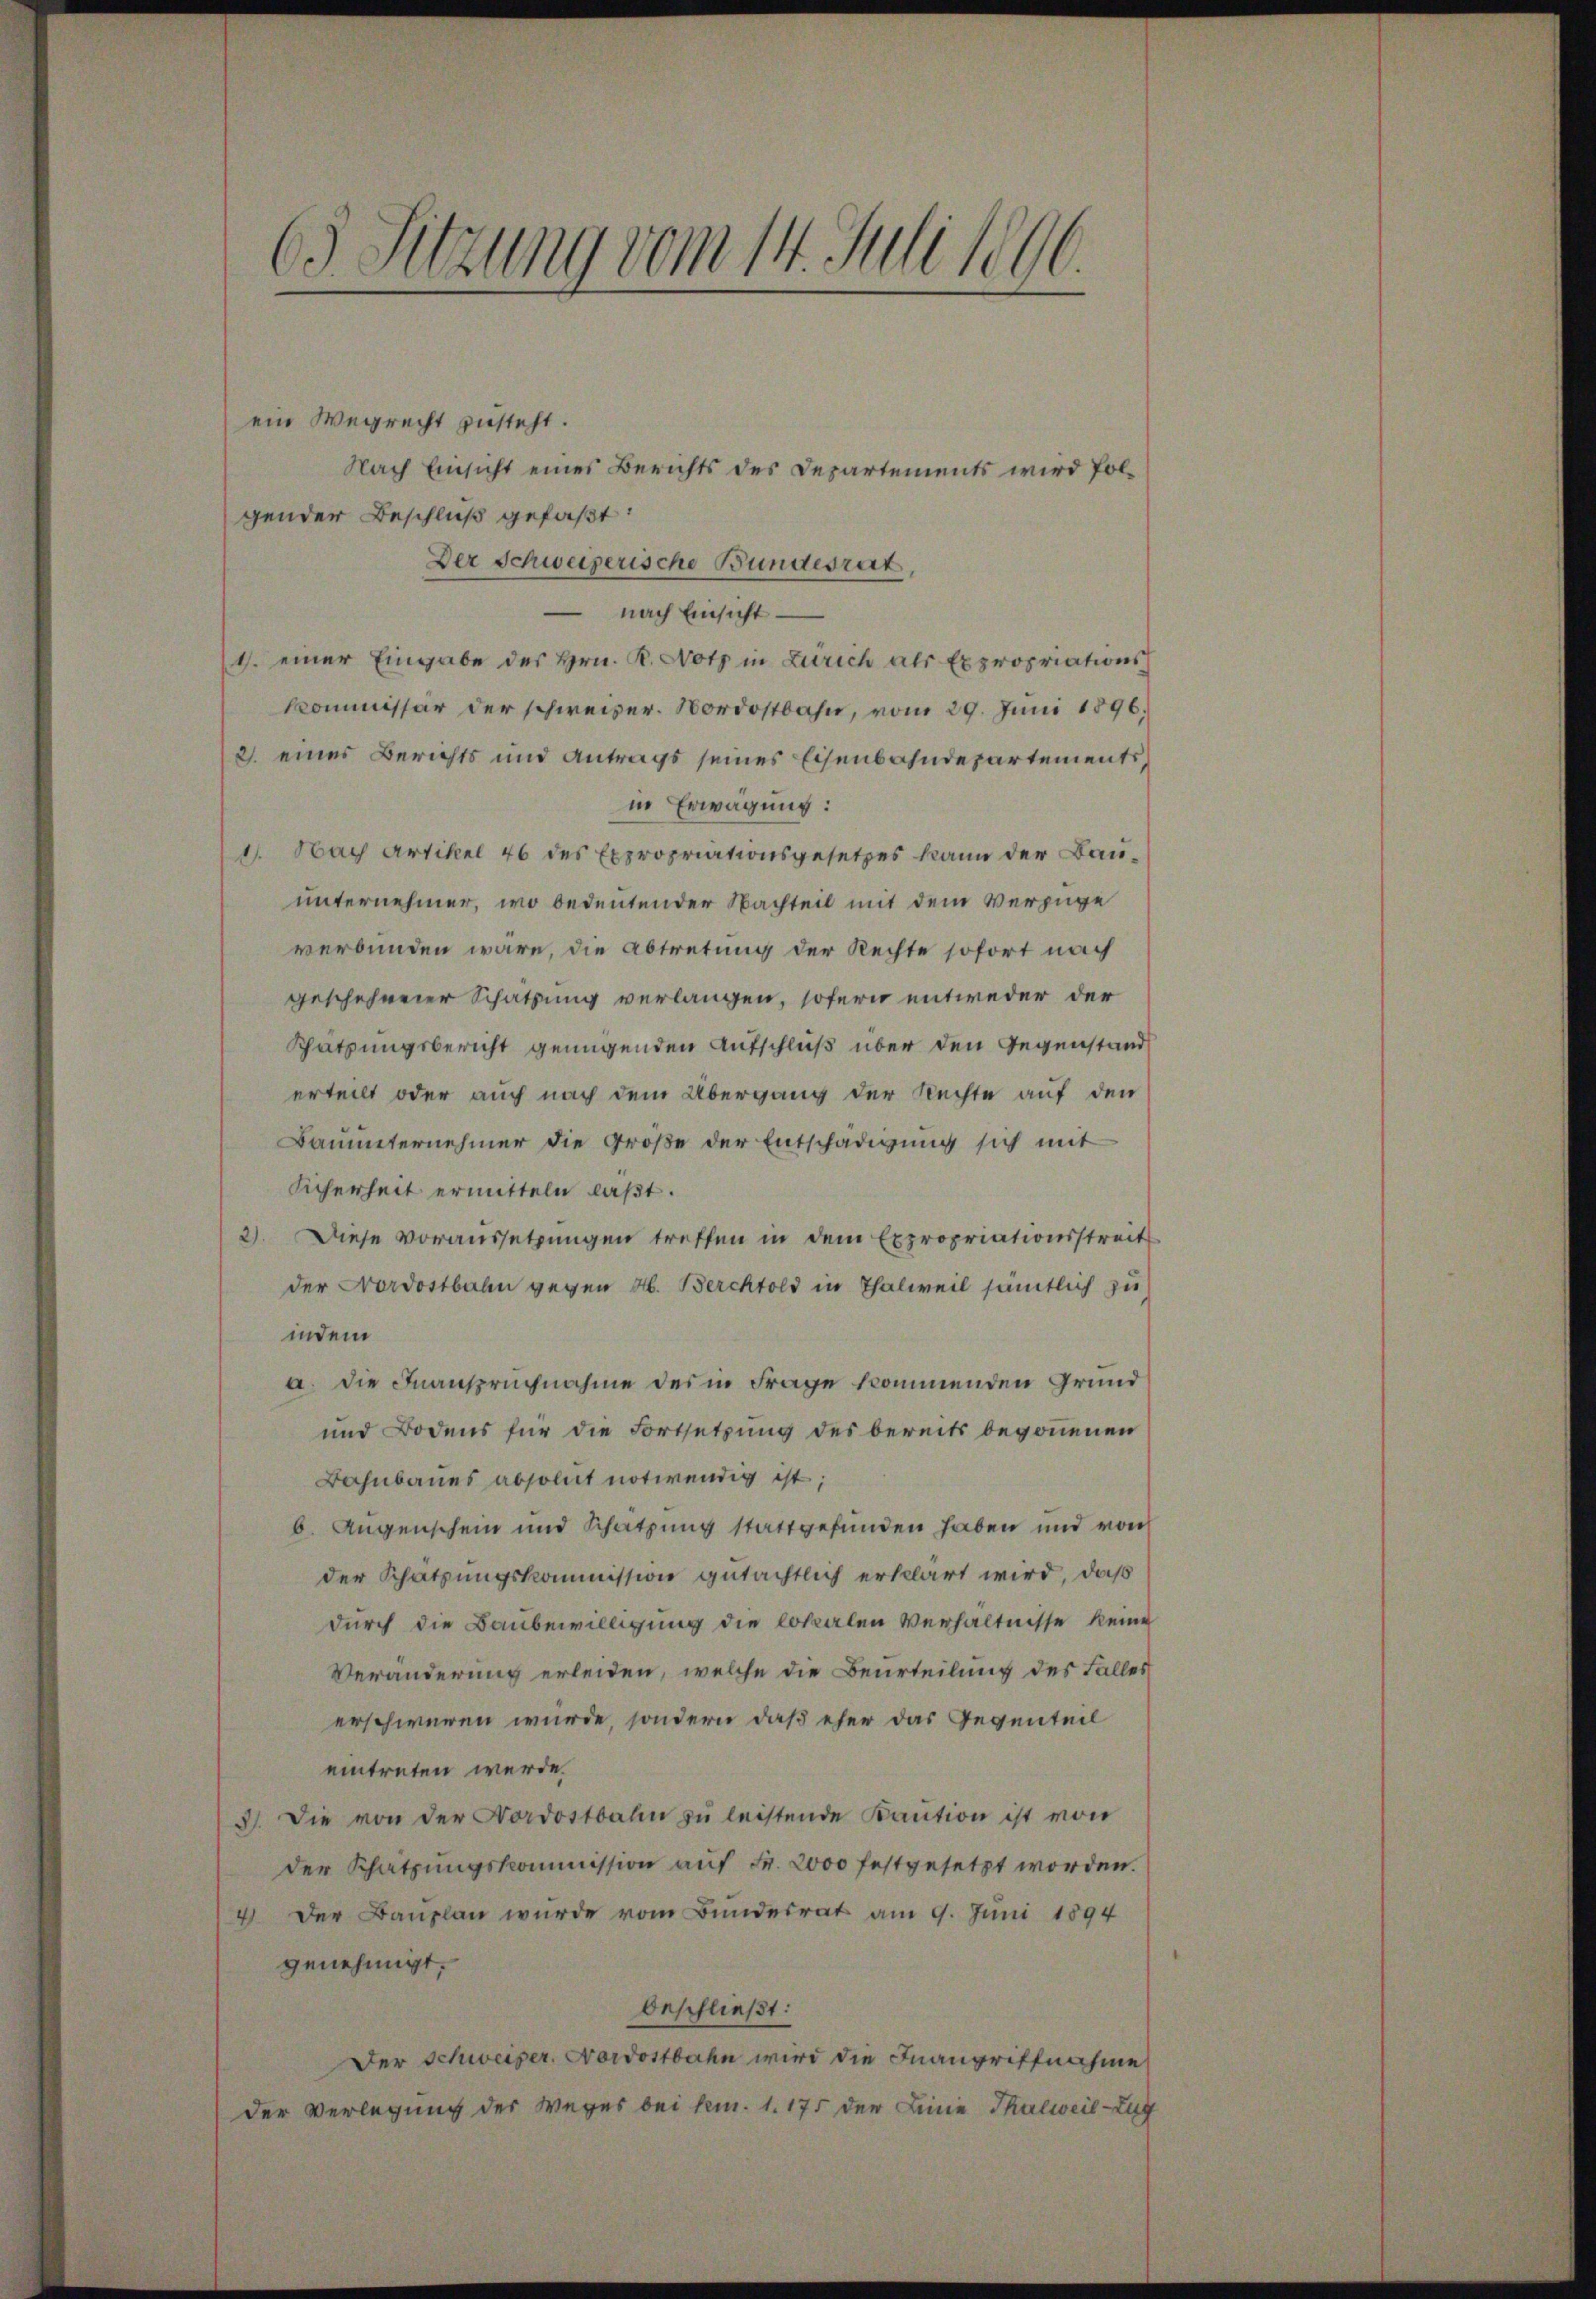
63 Sitzung vom 14. Juli 1806.

ein Wegrecht zusteht.
Nach Einsicht eines Berichts des Departements wird folgender Beschluß gefaßt:
Der Schweizerische Bundesrat,
 nach Einsicht.
1. einer Eingabe des Hrn. R. Notz in Zürich als Expropriations
kommissär der schweizer. Nordostbahn, vom 29. Juni 1896.
2. eines Berichts und Antrags seines Eisenbahndepartements
in Erwägung:
1. Nach Artikel 46 des Expropriationsgesetzes kann der Bauunternehmer, wo bedeutender Nachteil mit dem Verfüge
verbunden wäre, die Abtretung der Rechte sofort nach
geschehener Schatzung verlangen, sofern entweder der
Schatzungsbericht genügenden Aufschluß über den Gegenstand
erteilt oder auch nach dem Übergang der Rechte auf den
Bauunternehmer die Größe der Entschädigŭng sich mit
Sicherheit ermitteln laßt.
2) Diese voraussetzŭngen treffen in dem Expropriationsstreit
der Nordostbahn gegen M. Berchtold in Thalweil sämtlich zu
indem
a. Die Inanspruchnahme des in Frage kommenden Grund¬
und Bodens für die Fortsetzung des bereits begonnenen
Bahnbaues absolut notwendig ist;
b. Augenschein und Schätzung stattgefunden haben und von
der Schatzungskommission gutächtlich erklärt wird, daß
durch die Baubewilligung die lokalen Verhältnisse keine
Veränderung erleiden, welche die Beurteilung des Falles
erschweren würde, sondern daß eher das Gegenteil
eintreten werde.
3). Die von der Nordostbahn zu leistende Kaution ist von
der Schatzungskommission auf Fr. 2000 festgesetzt worden.
4. Der Bauplan wurde vom Bundesrat am 9. Juni 1894
genehmigt.
beschließt:
Der Schweizer, Nordostbahn wird die Inangriffnahme
der Verlegung der Weges bei km. 1. 175 der Leine Thalweil-Zug